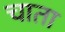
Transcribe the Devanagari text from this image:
चाता